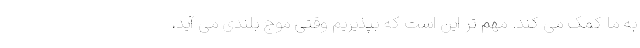
به ما کمک می کند. مهم تر این است که بپذیریم وقتی موج بلندی می آید،